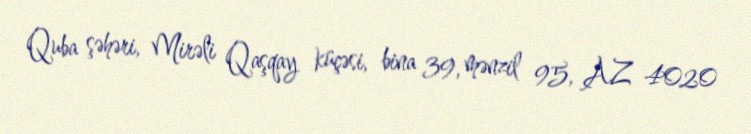
Quba şəhəri, Mirəli Qaşqay küçəsi, bina 39, mənzil 95, AZ 4020